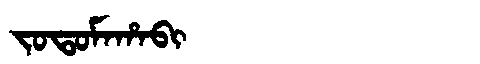
Manchu: ᠵᠣᡨᠣᠮᠠᡥᠠᠪᡳ
Romanization: JOTOMAHABI